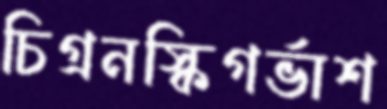
চিগ্রনস্কিগর্ভাশ